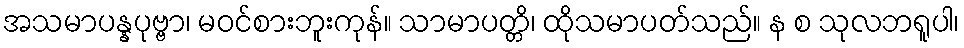
အသမာပန္နပုဗ္ဗာ၊ မဝင်စားဘူးကုန်။ သာမာပတ္တိ၊ ထိုသမာပတ်သည်။ န စ သုလဘရူပါ၊